Vaccination Hyderabad 1872-1889 - 1872-1889
Year: 1872
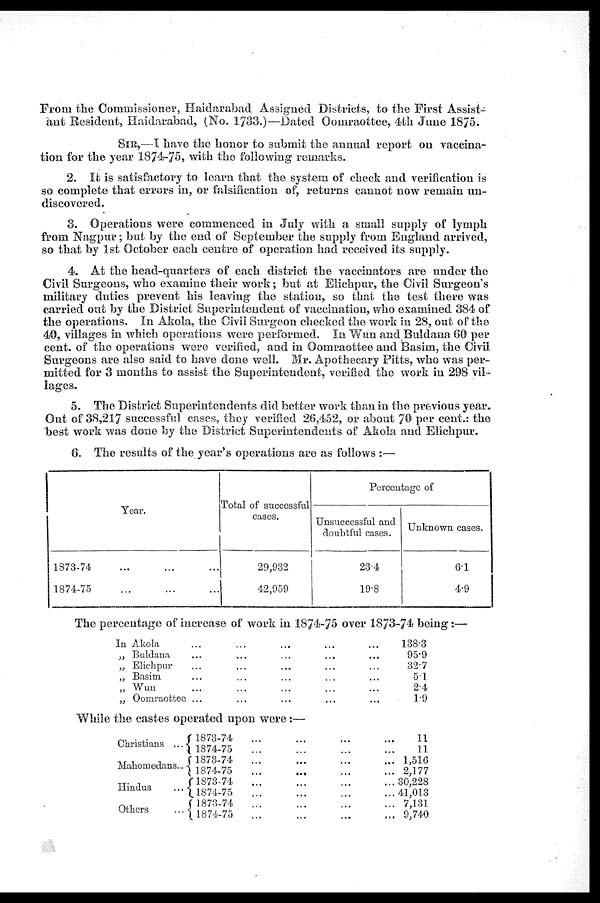
From the Commissioner, Haidarabad Assigned Districts, to the First Assist-
ant Resident, Haidarabad, (No. 1733.)—Dated Oomraottee, 4th June 1875.
SIR,—I have the honor to submit the annual report on vaccina-
tion for the year 1874-75, with the following remarks.
2. It is satisfactory to learn that the system of check and verification is
so complete that errors in, or falsification of, returns cannot now remain un-
discovered.
3. Operations were commenced in July with a small supply of lymph
from Nagpur; but by the end of September the supply from England arrived,
so that by 1st October each centre of operation had received its supply.
4. At the head-quarters of each district the vaccinators are under the
Civil Surgeons, who examine their work; but at Elichpur, the Civil Surgeon's
military duties prevent his leaving the station, so that the test there was
carried out by the District Superintendent of vaccination, who examined 384 of
the operations. In Akola, the Civil Surgeon checked the work in 28, out of the
40, villages in which operations were performed. In Wun and Buldana 60 per
cent. of the operations were verified, and in Oomraottee and Basim, the Civil
Surgeons are also said to have done well. Mr. Apothecary Pitts, who was per-
mitted for 3 months to assist the Superintendent, verified the work in 298 vil-
lages.
5. The District Superintendents did better work than in the previous year.
Out of 38,217 successful cases, they verified 26,452, or about 70 per cent.: the
best work was done by the District Superintendents of Akola and Elichpur.
6. The results of the year's operations are as follows :—
Year.
1873-74
... ... ...
1874-75
... ... ...
Total of successful
cases.
29,932
42,959
Percentage of
Unsuccessful and
doubtful cases.
23.4
19.8
Unknown cases.
6.1
4.9
The percentage of increase of work in 1874-75 over 1873-74 being:—
In Akola ... ... ... ... ...
„ Buldana ... ... ... ... ...
„ Elichpur ... ... ... ... ...
„ Basim ... ... ... ... ...
„ Wun ... ... ... ... ...
„ Oomraottee ... ... ... ... ...
138.3
95.9
32.7
5.1
2.4
1.9
While the castes operated upon were:—
Christians ...
Mahomedans...
Hindus ...
Others ...
1873-74
...
...
...
...
1874-75
...
...
...
...
1873-74 ... ... ... ...
1874-75
...
...
...
...
1873-74
...
...
...
...
1874-75
...
...
...
...
1873-74
...
...
...
...
1874-75
...
...
...
...
11
11
1,516
2,177
30,228
41,013
7,131
9,740